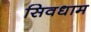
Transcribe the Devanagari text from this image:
सिवधाम